Tezpur Lunatic Asylum reports 1877-1894 - 1877-1894
Year: 1877
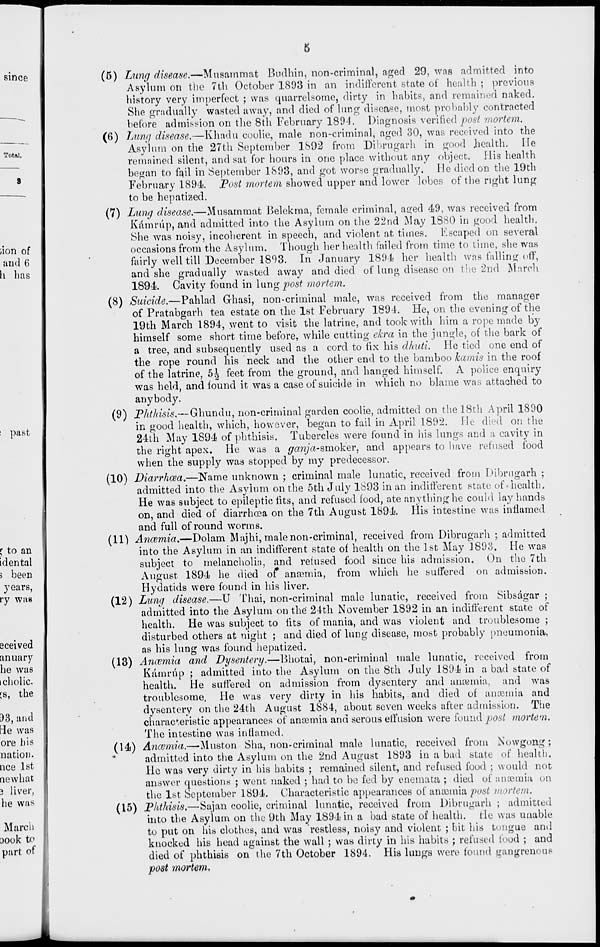
past
the
(5) Lung disease.—Musammat Budhin, non-criminal, aged 29, was admitted into
Asylum on the 7th October 1893 in an indifferent state of health ; previous
history very imperfect ; was quarrelsome, dirty in habits, and remained naked.
She gradually wasted away, and died of lung disease, most probably contracted
before admission on the 8th February 1894. Diagnosis verified post mortem.
(6) Lung disease.—Khadu coolie, male non-criminal, aged 30, was received into the
Asylum on the 27th September 1892 from Dibrugarh in good health. He
remained silent, and sat for hours in one place without any object. His health
began to fail in September 1893, and got worse gradually. He died on the 19th
February 1894. Post mortem showed upper and lower lobes of the right lung
to be hepatized.
(7) Lung disease.—Mnsammat Belekma, female criminal, aged 49, was received from
Kamrup, and admitted into the Asylum on the 22nd May 1880 in good health.
She was noisy, incoherent in speech, and violent at times. Fscaped on several
occasions from the Asylum. Though her health failed from time to time, she was
fairly well till December 1893. In January 1894 her health was falling off,
and she gradually wasted away and died of lung disease on the 2nd March
1894. Cavity found in \xmgpost mortem.
(8) Suicide.—Pahlad Ghasi, non-criminal male, was received from the manager
of Pratabgarh tea estate on the 1st February 1894. He, on the evening of the
19th March 1894, went to visit the latrine, and took with him a rope made by
himself some short time before, while cutting ekra in the jungle, of the bark of
a tree, and subsequently used as a cord to fix his dhuti. He tied one end of
the rope round his neck and the other end to the bamboo kamis in the roof
of the latrine, 5J feet from the ground, and hanged himself. A police enquiry
was held, and found it was a case of suicide in which no blame was attached to
anybody.
(9) Phthisis.—Ghundu, non-criminal garden coolie, admitted on the 18th April 1890
in good health, which, however, began to fail in April 1892. He died on the
24th May 1894 of phthisis. Tubercles were found in his lungs and a cavity in
the right apex. He was a ganja-smoker, and appears to have refused food
when the supply was stopped by my predecessor.
(10) Diarrhoea.—Name unknown ; criminal male lunatic, received from Dibrugarh ;
admitted into the As}dum on the 5th July 1893 in an indifferent state of •health.
He was subject to epileptic tits, and refused food, ate anything he could lay hands
on, and died of diarrhcea on the 7th August 1894. His intestine was inflamed
and full of round worms.
(11) Anaemia.—Dolam Majhi, male non-criminal, received from Dibrugarh ; admitted
into the Asylum in an indifferent state of health on the 1st May 1893. He was
subject to melancholia, and refused food since his admission. On the 7th
August 1894 he died of ancemia, from which he suffered on admission.
Hydatids were found in his liver.
(12) Lung disease.—U Thai, non-criminal male lunatic, received from Sibsagar ;
admitted into the Asylum on the 24th November 1892 in an indifferent state of
health. He was subject to fits of mania, and was violent and troublesome ;
disturbed others at night ; and died of lung disease, most probably pneumonia,
as his lung was found hepatized.
(13) Ancemia and Dysentery.—Bhotai, non-criminal male lunatic, received from
Kamrup ; admitted into the Asylum on the 8th July 1894 in a bad state of
health. He suffered on admission from dysentery and ansemia, and was
troublesome. He was very dirty in his habits, and died of anosmia and
dysentery on the 24th August 1884, about seven weeks after admission. The
characteristic appearances of ancemia and serous effusion were found post mortem.
The intestine was inflamed.
(14) Ancemia.—Muston Sha, non-criminal male lunatic, received from Nowgong;
admitted into the Asylum on the 2nd August 1893 in a bad state o^ health.
He was very dirty in his habits ; remained silent, and refused food ; would not
answer questions • went naked ; had to be fed by enemata ; died of ancemia on
the 1st September 1894. Characteristic appearances of ancemia post mortem.
(15) Phthisis.—Sajan coolie, criminal lunatic, received from Dibrugarh ; admitted
into the Asylum on the 9th May 1894 in a bad state of health. He was unable
to put on his clothes, and was restless, noisy and violent ; bit his tongue and
knocked his head against the wall ; was dirty in his habits ; refused food ; and
died of phthisis on the 7th October 1894. His lungs were found gangrenous
post mortem.